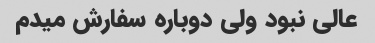
عالی نبود ولی دوباره سفارش میدم